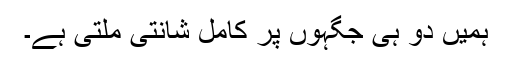
ہمیں دو ہی جگہوں پر کامل شانتی ملتی ہے۔